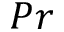
P r